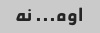
اوه... نه